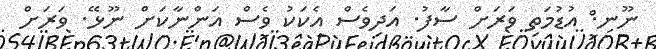
ނޫނ.ް އުޑުމަތި ވަރަށް ސާފު. އަދިވެސް އެކަކު ވެސް އަންނާކަށް ނޫޅޭ. ވަރަށް